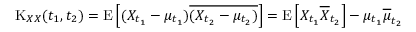
\operatorname { K } _ { X X } ( t _ { 1 } , t _ { 2 } ) = \operatorname { E } \left[ ( X _ { t _ { 1 } } - \mu _ { t _ { 1 } } ) { \overline { { ( X _ { t _ { 2 } } - \mu _ { t _ { 2 } } ) } } } \right] = \operatorname { E } \left[ X _ { t _ { 1 } } { \overline { { X } } } _ { t _ { 2 } } \right] - \mu _ { t _ { 1 } } { \overline { { \mu } } } _ { t _ { 2 } }